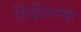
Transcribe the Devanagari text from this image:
हिंदीतल्या